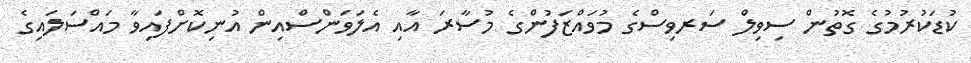
ކުޑަކުރުމުގެ ގޮތުން ސިވިލް ސަރވިސްގެ މުވައްޒަފުންގެ މުސާރަ އާއި އެލަވަންސްއިން އުނިކޮށްފައިވާ މައްސަލައިގެ